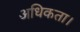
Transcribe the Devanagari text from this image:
अधिकता।